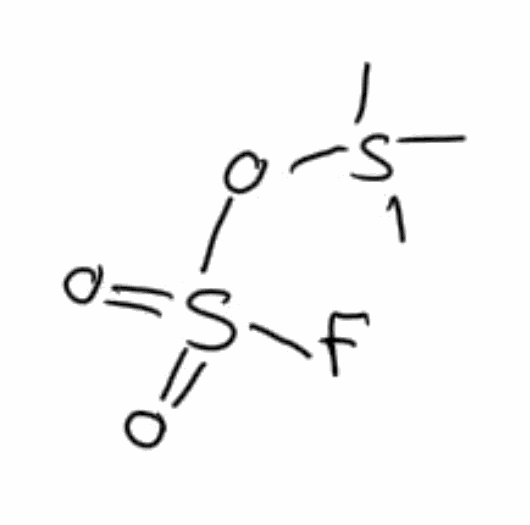
Simplified molecular-input line-entry system (SMILES) notation of the given molecule:
CS(C)(C)OS(=O)(=O)F